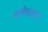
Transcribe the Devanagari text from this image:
मार्कंड्याचा